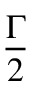
\frac { \Gamma } { 2 }